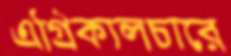
এগ্রিকালচারে